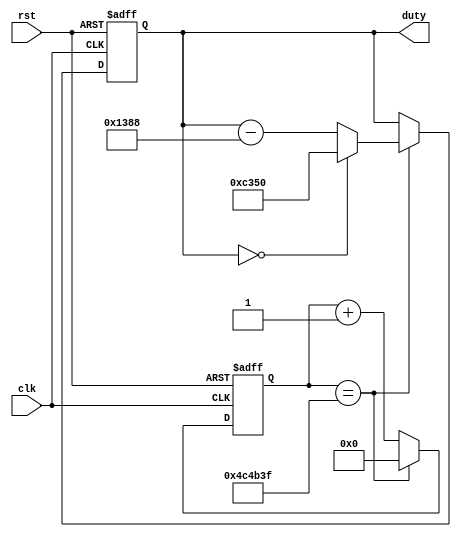
/*
	100ms duty 
*/
module duty_gen(
	input				clk		,
	input				rst		,
	
	output	reg[15:0]	duty	//
);
parameter	MAX_100MS = 23'd500_0000;
//parameter	MAX_100MS = 23'd500;//
reg	[22:0]	cnt_100ms;

//100ms
always@(posedge clk or negedge rst)begin
	if(~rst)begin
		cnt_100ms <= 23'd0;
	end
	else begin
		if(cnt_100ms == MAX_100MS - 1'b1)begin
			cnt_100ms <= 23'd0;
		end
		else begin
			cnt_100ms <= cnt_100ms + 23'd1;
		end
	end
end
//
always@(posedge clk or negedge rst)begin
	if(~rst)begin
		duty <= 16'd50000;
	end
	else begin
		if(cnt_100ms == MAX_100MS - 1'b1)begin
			if(duty == 16'd0)begin
				duty <= 16'd50000;
			end
			else begin
				duty <= duty - 16'd5000;
			end
		end
		else begin
			duty <= duty;
		end
	end
end
endmodule